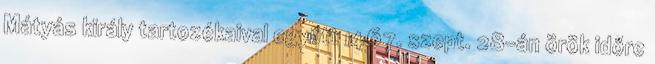
Mátyás király tartozékaival együtt 1467. szept. 28-án örök időre